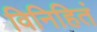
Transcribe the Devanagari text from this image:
विनिहितं